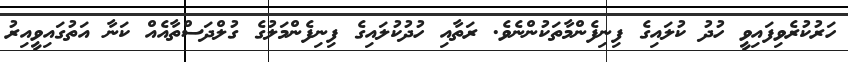
ހަރުކުރެވިފައިވީ ހުދު ކުލައިގެ ފިނިފެންމާތަކުންނެވެ. ރަތާއި ހުދުކުލައިގެ ފިނިފެންމަލުގެ ގުލްދަސްތާއެއް ކަނާ އަތުގައިވީއިރު